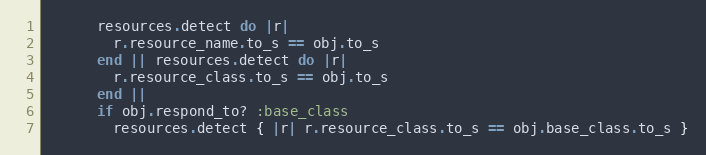
Language: Ruby
      resources.detect do |r|
        r.resource_name.to_s == obj.to_s
      end || resources.detect do |r|
        r.resource_class.to_s == obj.to_s
      end ||
      if obj.respond_to? :base_class
        resources.detect { |r| r.resource_class.to_s == obj.base_class.to_s }